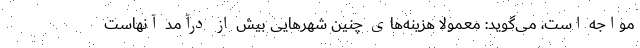
مواجه است، می‌گوید: معمولا هزینه‌های چنین شهرهایی بیش از درآمد آنهاست